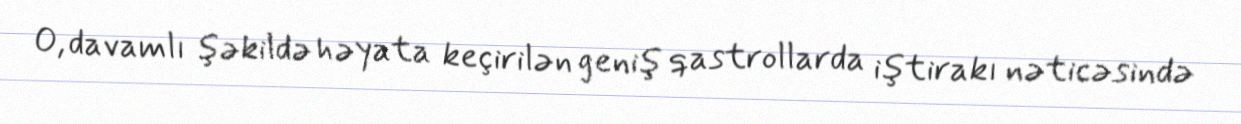
O, davamlı şəkildə həyata keçirilən geniş qastrollarda iştirakı nəticəsində